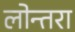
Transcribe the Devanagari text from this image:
लोन्तरा